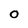
Character: O